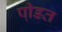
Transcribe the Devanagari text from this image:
पी़डत